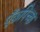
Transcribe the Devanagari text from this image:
पूँछपिच्छ